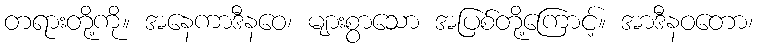
တရားတို့ကို။ အနေကာဒီနဝေ၊ များစွာသော အပြစ်တို့ကြောင့်။ အာဒီနဝတော၊